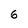
Character: 6